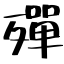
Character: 殫